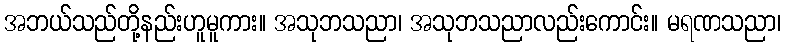
အဘယ်သည်တို့နည်းဟူမူကား။ အသုဘသညာ၊ အသုဘသညာလည်းကောင်း။ မရဏသညာ၊